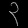
Digit: ၃